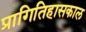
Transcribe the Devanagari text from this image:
प्रागितिहासकाल